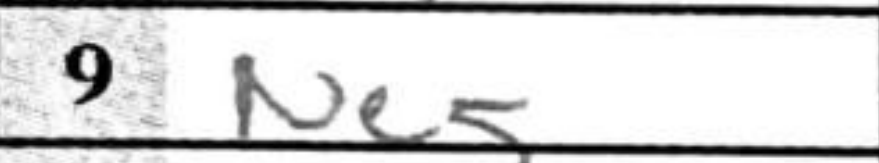
Transcription: Ne5